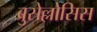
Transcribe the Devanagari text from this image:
ब्रुसेल्लोसिस